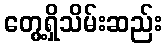
တွေ့ရှိသိမ်းဆည်း